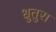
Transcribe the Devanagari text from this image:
धुतुरा